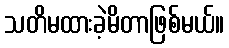
သတိမထားခဲ့မိတာဖြစ်မယ်။